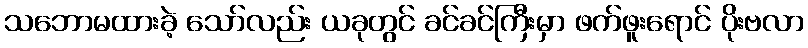
သဘောမထားခဲ့ သော်လည်း ယခုတွင် ခင်ခင်ကြီးမှာ ဖက်ဖူးရောင် ပိုးဗလာ